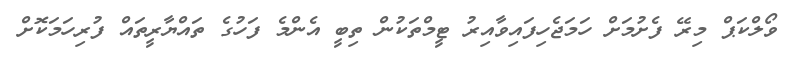
ވޯލްކަޕް މިރޭ ފެށުމަށް ހަމަޖެހިފައިވާއިރު ޓީމްތަކުން ތިބީ އެންމެ ފަހުގެ ތައްޔާރީތައް ފުރިހަމަކޮށް